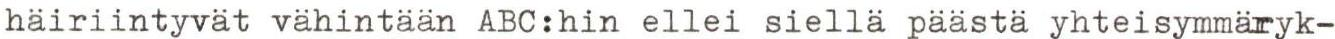
häiriintyvät vähintään ABC:hin ellei siellä päästä yhteisymmäryk-